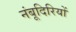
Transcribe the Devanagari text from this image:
नंबूदिरियों